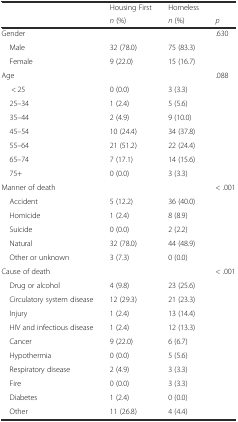
<table><thead><tr><td></td><td><b>Housing First</b></td><td><b>Homeless</b></td><td></td></tr><tr><td></td><td><b><i>n</i> (%)</b></td><td><b><i>n</i> (%)</b></td><td><b><i>p</i></b></td></tr></thead><tbody><tr><td>Gender</td><td></td><td></td><td>.630</td></tr><tr><td> Male</td><td>32 (78.0)</td><td>75 (83.3)</td><td></td></tr><tr><td> Female</td><td>9 (22.0)</td><td>15 (16.7)</td><td></td></tr><tr><td>Age</td><td></td><td></td><td>.088</td></tr><tr><td>&lt; 25</td><td>0 (0.0)</td><td>3 (3.3)</td><td></td></tr><tr><td> 25–34</td><td>1 (2.4)</td><td>5 (5.6)</td><td></td></tr><tr><td> 35–44</td><td>2 (4.9)</td><td>9 (10.0)</td><td></td></tr><tr><td> 45–54</td><td>10 (24.4)</td><td>34 (37.8)</td><td></td></tr><tr><td> 55–64</td><td>21 (51.2)</td><td>22 (24.4)</td><td></td></tr><tr><td> 65–74</td><td>7 (17.1)</td><td>14 (15.6)</td><td></td></tr><tr><td> 75+</td><td>0 (0.0)</td><td>3 (3.3)</td><td></td></tr><tr><td>Manner of death</td><td></td><td></td><td>&lt; .001</td></tr><tr><td> Accident</td><td>5 (12.2)</td><td>36 (40.0)</td><td></td></tr><tr><td> Homicide</td><td>1 (2.4)</td><td>8 (8.9)</td><td></td></tr><tr><td> Suicide</td><td>0 (0.0)</td><td>2 (2.2)</td><td></td></tr><tr><td> Natural</td><td>32 (78.0)</td><td>44 (48.9)</td><td></td></tr><tr><td> Other or unknown</td><td>3 (7.3)</td><td>0 (0.0)</td><td></td></tr><tr><td>Cause of death</td><td></td><td></td><td>&lt; .001</td></tr><tr><td> Drug or alcohol</td><td>4 (9.8)</td><td>23 (25.6)</td><td></td></tr><tr><td> Circulatory system disease</td><td>12 (29.3)</td><td>21 (23.3)</td><td></td></tr><tr><td> Injury</td><td>1 (2.4)</td><td>13 (14.4)</td><td></td></tr><tr><td> HIV and infectious disease</td><td>1 (2.4)</td><td>12 (13.3)</td><td></td></tr><tr><td> Cancer</td><td>9 (22.0)</td><td>6 (6.7)</td><td></td></tr><tr><td> Hypothermia</td><td>0 (0.0)</td><td>5 (5.6)</td><td></td></tr><tr><td> Respiratory disease</td><td>2 (4.9)</td><td>3 (3.3)</td><td></td></tr><tr><td> Fire</td><td>0 (0.0)</td><td>3 (3.3)</td><td></td></tr><tr><td> Diabetes</td><td>1 (2.4)</td><td>0 (0.0)</td><td></td></tr><tr><td> Other</td><td>11 (26.8)</td><td>4 (4.4)</td><td></td></tr></tbody></table>